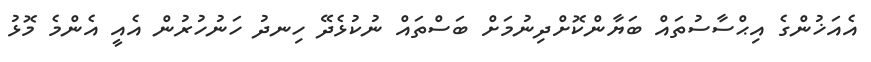
އެއަޚުންގެ އިޙްސާސުތައް ބަޔާންކޮށްދިނުމަށް ބަސްތައް ނުކުޅެދޭ ހިނދު ހަނުހުރުން އެއީ އެންމެ މޮޅު